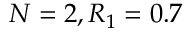
N = 2 , R _ { 1 } = 0 . 7